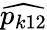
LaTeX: \widehat{p_{k12}}